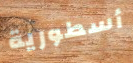
أسطورية